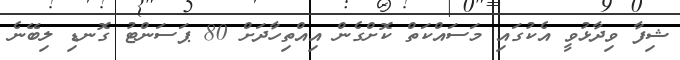
ޝިފާ ވިދާޅުވީ އެކުގައި މަސައްކަތް ކޮށްގެން އިއްތިހާދަށް 80 ޕަސަންޓު ގޮނޑި ލިބޭނެ